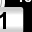
Digit: 1